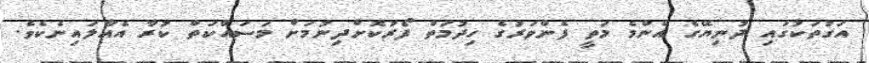
އަގުތަކުގައި ދުނިޔޭގެ އެންމެ މަތީ ފެންވަރުގެ ހިދުމަތް ފޯރުކޮށްދިނުމަށް މަސައްކަތް ކުރާ އެއާލައިނެކެވެ.